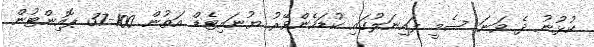
ކުޅުނު ދެ ވަނަ ސެމީ ފައިނަލުގައި ކުޑަހެންވޭރު ޔުނައިޓެޑް އަތުން 100-37 ޕޮއިންޓުން